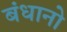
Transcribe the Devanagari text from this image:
बंधानो